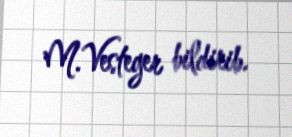
M.Vesteger bildirib.